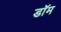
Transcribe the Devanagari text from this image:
डाॅम